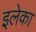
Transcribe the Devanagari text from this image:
इलेका